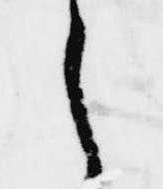
之